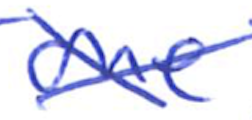
Text: one
Cross-out: mix
Writing tool: ballpoint